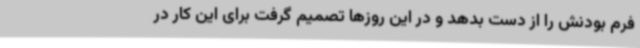
فرم بودنش را از دست بدهد و در این روزها تصمیم گرفت برای این کار در